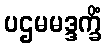
ပဌမမဒ္ဒက္ခိံ